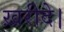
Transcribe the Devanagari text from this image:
ख़रीदे।